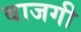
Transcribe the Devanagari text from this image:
बाजगी